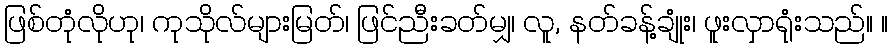
ဖြစ်တုံလိုဟု၊ ကုသိုလ်များမြတ်၊ ဖြင်ညီးခတ်မျှ၊ လူ, နတ်ခန့်ချုံး၊ ဖူးလှာရုံးသည်။ ။